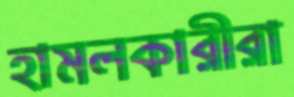
হামলকারীরা